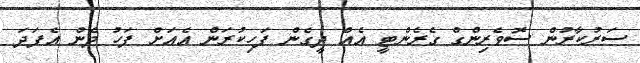
ސަރުކާރުން ސޮވެރިންގް ގެރެންޓީ އެއް ދީގެން ފަހިކުރަން އެއަށް ފަހު ދެން އެެފަދަ